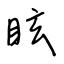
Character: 眩